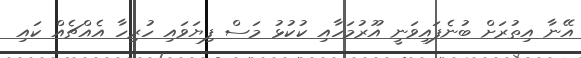
އޭނާ އިތުރަށް ބުނެފައިވަނީ އޫރުމަހާއި ކުކުޅު މަސް ފިޔަވައި ހުރިހާ އެއްޗެއް ކައި